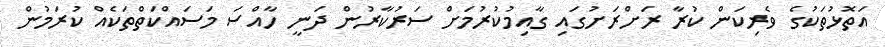
އަތޮޅުތަކުގެ ވެރިކަން ކުރާ ރަށްރަށުގައި ގާއިމުކުރުމަށް ސަރުކާރުން ދަނީ ހާއްސަ މަސައްކަތްތަކެއް ކުރަމުން